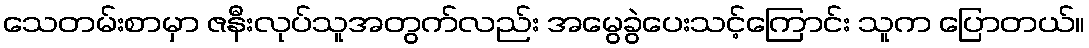
သေတမ်းစာမှာ ဇနီးလုပ်သူအတွက်လည်း အမွေခွဲပေးသင့်ကြောင်း သူက ပြောတယ်။